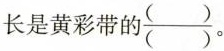
长是黄彩带的\frac{（）}{（）}。